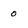
Character: 0